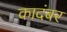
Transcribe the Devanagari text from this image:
कादंबर